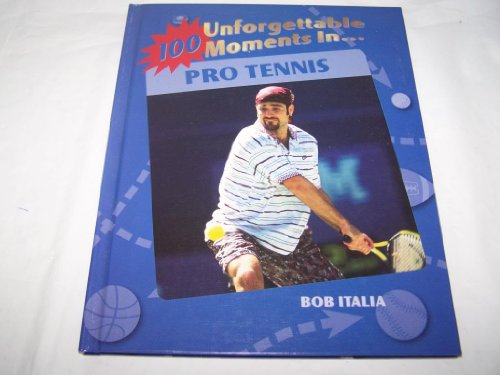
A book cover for Tennis (100 Unforgettable Moments in Sports); Bob Italia; Children's Books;